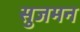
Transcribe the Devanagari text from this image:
सुजमन